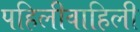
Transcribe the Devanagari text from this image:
पहिलीवाहिली